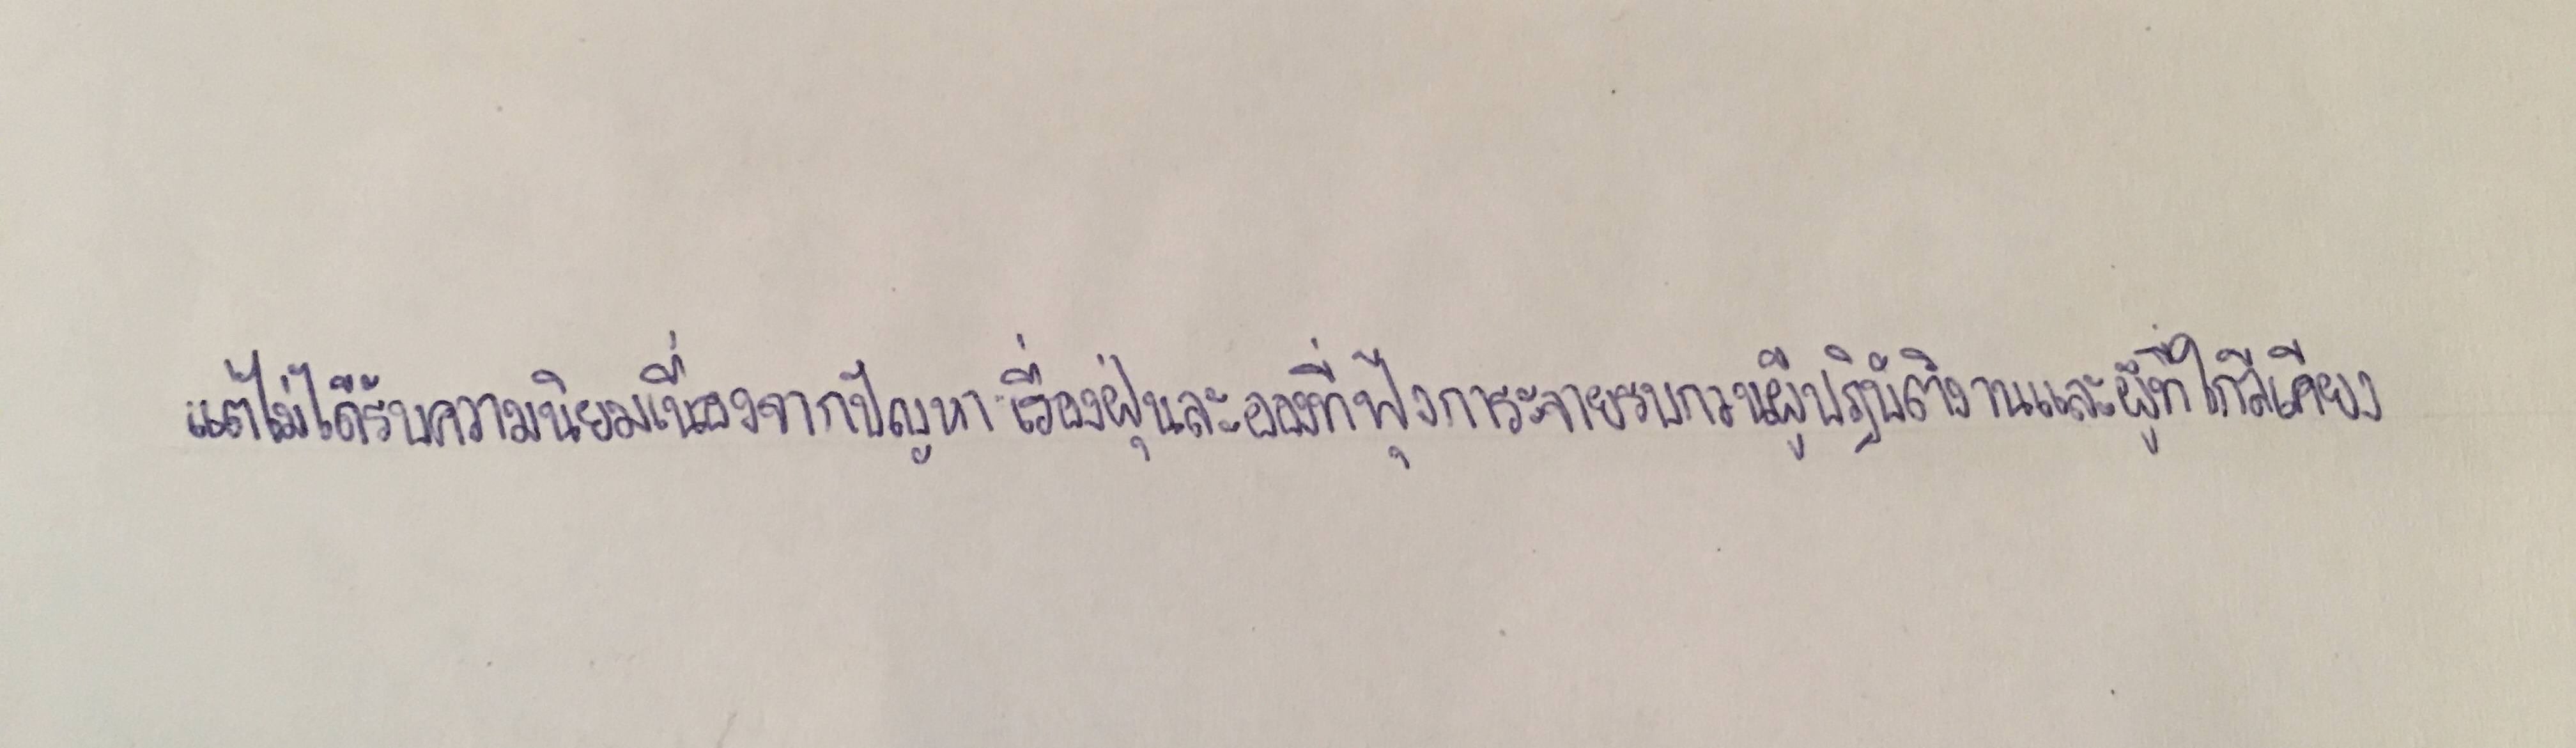
แต่ไม่ได้รับความนิยมเนื่องจากปัญหาเรื่องฝุ่นละอองที่ฟุ้งกระจายรบกวนผู้ปฏิบัติงานและผู้ที่อยู่ใกล้เคียง